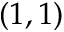
( 1 , 1 )